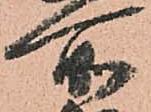
所